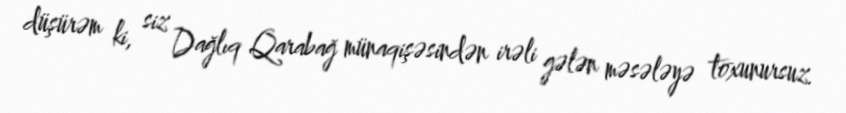
düşürəm ki, siz Dağlıq Qarabağ münaqişəsindən irəli gələn məsələyə toxunursuz.